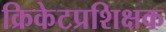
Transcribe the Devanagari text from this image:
क्रिकेटप्रशिक्षक